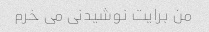
من برایت نوشیدنی می خرم